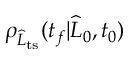
\rho _ { \widehat { L } _ { \mathrm { t s } } } ( t _ { f } | \widehat { L } _ { 0 } , t _ { 0 } )